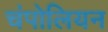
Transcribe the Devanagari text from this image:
चंपोलियन